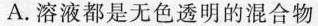
A.溶液都是无色透明的混合物